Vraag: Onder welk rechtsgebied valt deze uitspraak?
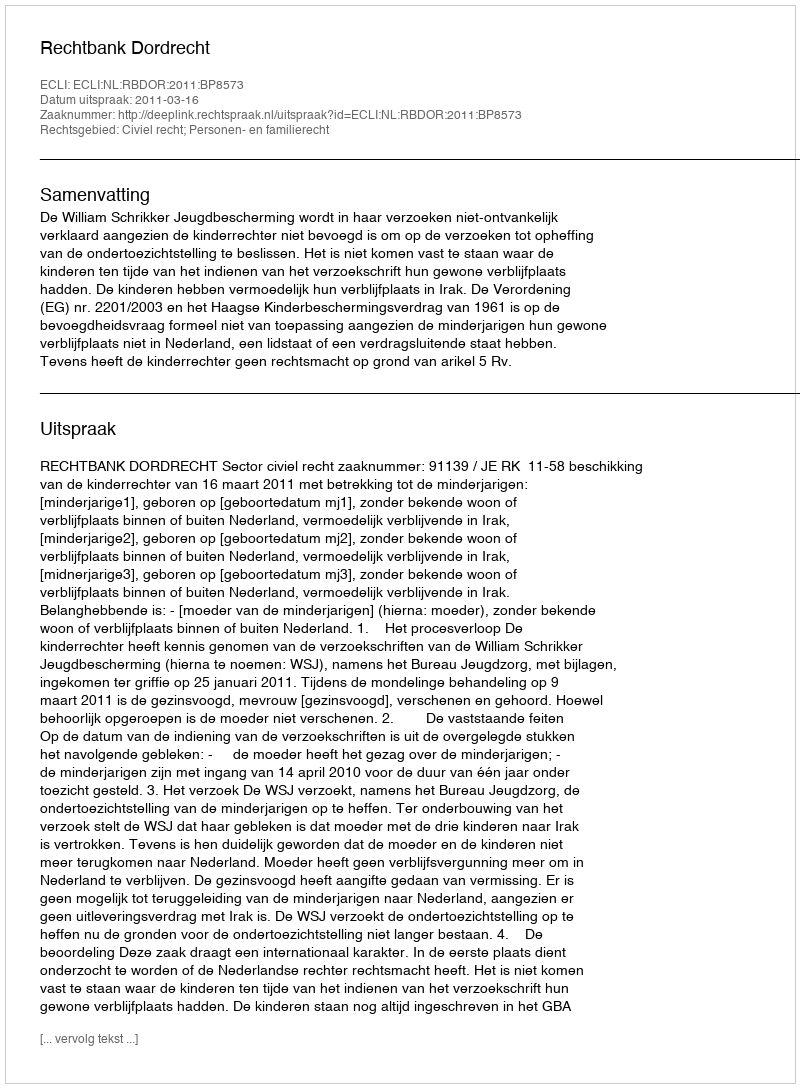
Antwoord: Civiel recht; Personen- en familierecht